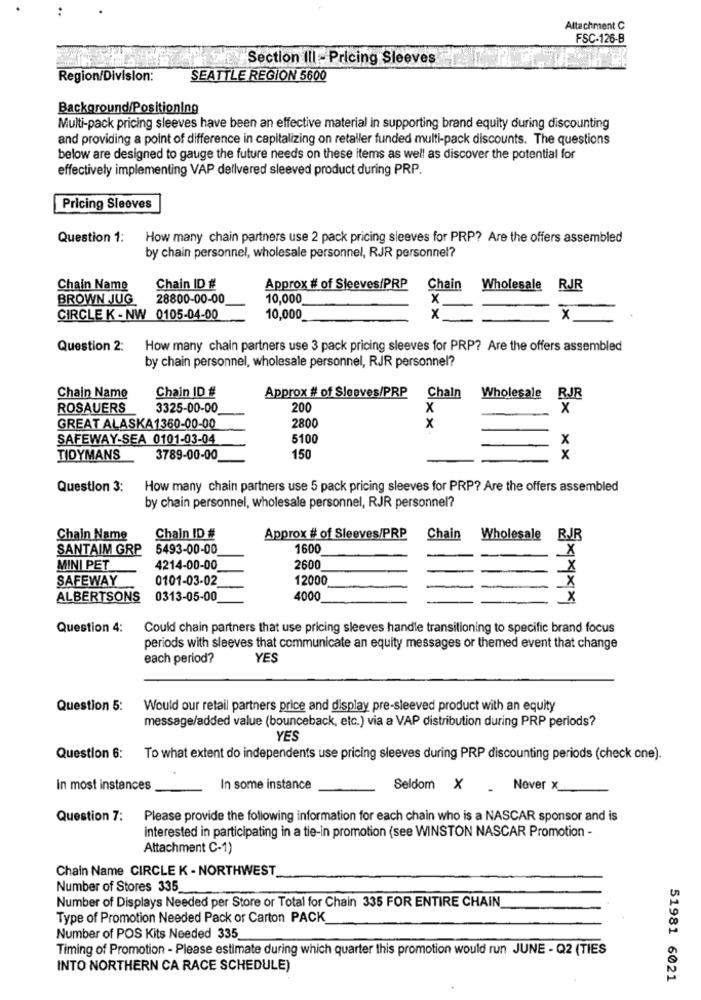
Attachment C
FSC-126-B
Section III - Pricing Sleeves
Region/Division:
SEATTLE REGION 5600
Background/Positioning
Multi-pack pricing sleeves have been an effective material in supporting brand equity during discounting
and providing a point of difference in capitalizing on retaller funded multi-pack discounts. The questions
below are designed to gauge the future needs on these items as well as discover the potential for
effectively implementing VAP dellvered sleeved product during PRP.
Pricing Sleeves
Question 1:
How many chain partners use 2 pack pricing sleeves for PRP? Are the offers assembled
by chain personnel, wholesale personnel, RJR personnel?
Chain Name
Chain ID #
Approx # of Sleeves/PRP
Chain
Wholesale RJR
BROWN JUG
28800-00-00
10,000
x
CIRCLE K - NW 0105-04-00
10,000
x
x
Question 2:
How many chain partners use 3 pack pricing sleeves for PRP? Are the offers assembled
by chain personnel, wholesale personnel, RJR personnel?
Chain ID #
Chain Name
Approx # of Sleeves/PRP
Chain
Wholesale RJR
ROSAUERS
3325-00-00
200
X
x
x
GREAT ALASKA1360-00-00
2800
SAFEWAY-SEA 0101-03-04
5100
x
TIDYMANS
3789-00-00
150
x
Question 3:
How many chain partners use 5 pack pricing sleeves for PRP? Are the offers assembled
by chain personnel, wholesale personnel, RJR personnel?
Chain Name
Chain ID #
Approx # of Sleeves/PRP
Chain
Wholesale RJR
SANTAIM GRP
5493-00-00
1600
MINI PET
4214-00-00
2600
SAFEWAY
0101-03-02
12000
ALBERTSONS
0313-05-00
4000
Question 4:
Could chain partners that use pricing sleeves handle transitioning to specific brand focus
periods with sleeves that communicate an equity messages or themed event that change
each period?
YES
Question 5:
Would our retail partners price and display pre-sleeved product with an equity
message/added value (bounceback, etc.) via a VAP distribution during PRP periods?
YES
Question 6: To what extent do independents use pricing sleeves during PRP discounting periods (check one).
In most instances
In some instance
Seldom X
. Never x_
Question 7: Please provide the following information for each chain who is a NASCAR sponsor and is
Interested in participating in a tie-in promotion (see WINSTON NASCAR Promotion -
Attachment C-1)
Chain Name CIRCLE K - NORTHWEST
Number of Stores 335
Number of Displays Needed per Store or Total for Chain 335 FOR ENTIRE CHAIN
Type of Promotion Needed Pack or Carton PACK
Number of POS Kits Needed 335
Timing of Promotion - Please estimate during which quarter this promotion would run JUNE - Q2 (TIES
INTO NORTHERN CA RACE SCHEDULE)
51981 6021